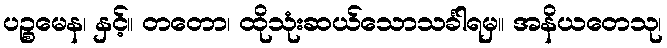
ပဉ္စမေန၊ နှင့်။ တတော၊ ထိုသုံးဆယ်သောသင်္ခါရမှ။ အနိယတေသု၊